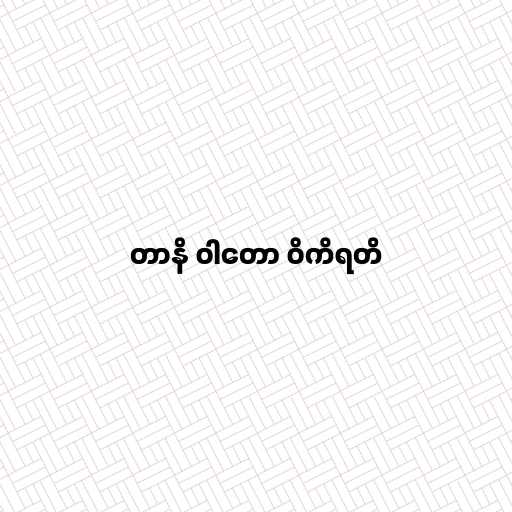
တာနိ ဝါတော ဝိကိရတိ